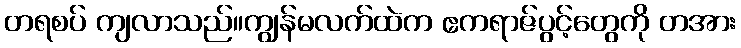
တရစပ် ကျလာသည်။ကျွန်မလက်ထဲက ဧကရာဇ်ပွင့်တွေကို တအား